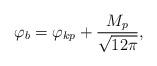
LaTeX: \begin{align*}\varphi_{b}=\varphi_{kp}+\frac{M_{p}}{\sqrt{12\pi}},\end{align*}